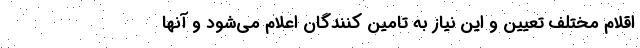
اقلام مختلف تعیین و این نیاز به تامین کنندگان اعلام می‌شود و آنها